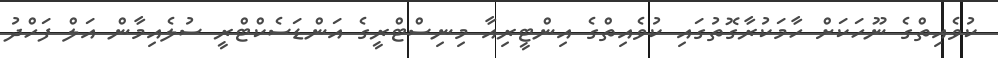
ކުވެއިތްގެ ނޫހަކަށް ހާމަކުރާގޮތުގައި ކުވެއިތްގެ އިންޓީރިއާ މިނިސްޓްރީގެ އަންޑަސެކްޓްރީ ސުލެއިމާން އަލް ފަހްދު